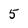
Character: 5